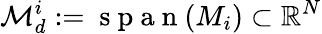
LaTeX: \mathcal{M}_{d}^{i}:=\mathrm{~s~p~a~n~}(M_{i})\subset\mathbb{R}^{N}